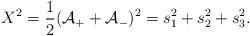
LaTeX: \begin{align*}X^2=\frac{1}{2}(\mathcal{A}_{+}+\mathcal{A}_{-})^2=s_1^2+s_2^2+s_3^2.\end{align*}